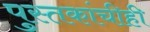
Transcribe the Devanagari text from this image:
पुस्तकांचीही